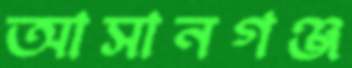
আসানগঞ্জ